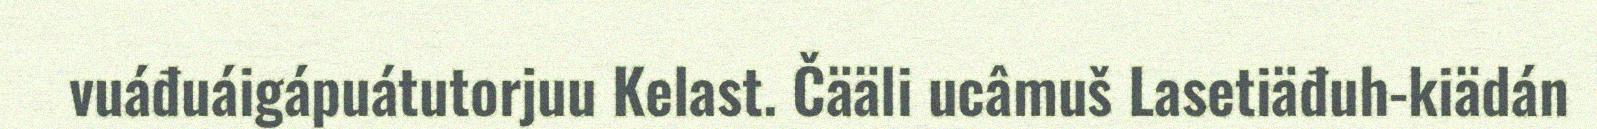
vuáđuáigápuátutorjuu Kelast. Čääli ucâmuš Lasetiäđuh-kiädán